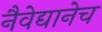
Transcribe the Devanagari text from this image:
नैवेद्यानेच